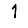
Digit: 1